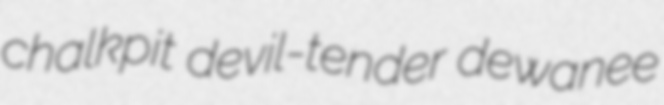
chalkpit devil-tender dewanee